Report of the Bombay Veterinary College
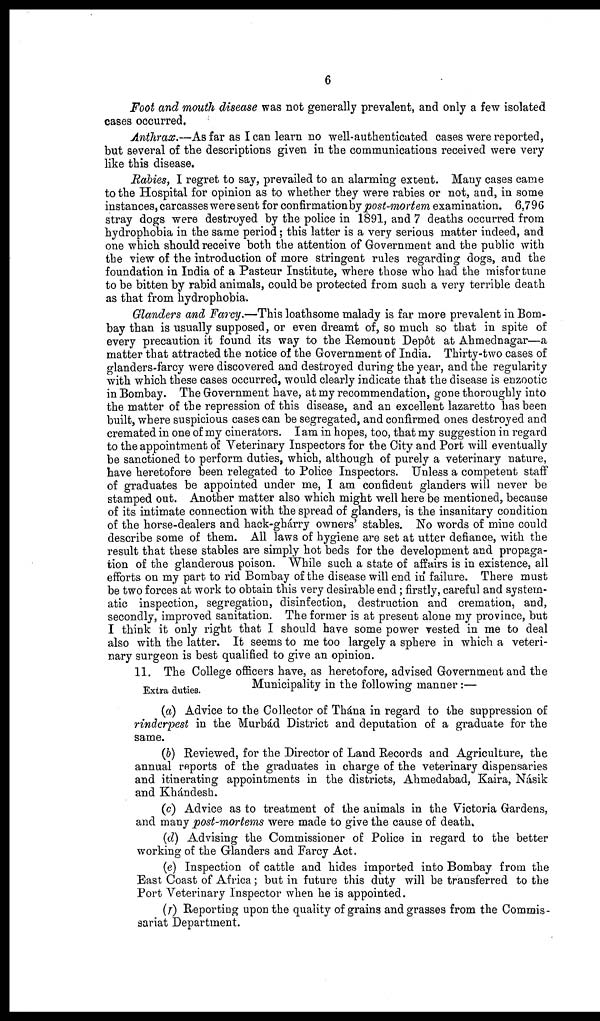
6
Foot and mouth disease was not generally prevalent, and only a few isolated
cases occurred.
Anthrax.—As far as I can learn no well-authenticated cases were reported,
but several of the descriptions given in the communications received were very
like this disease.
Rabies, I regret to say, prevailed to an alarming extent. Many cases came
to the Hospital for opinion as to whether they were rabies or not, and, in some
instances, carcasses were sent for confirmation by post-mortem examination. 6,796
stray dogs were destroyed by the police in 1891, and 7 deaths occurred from
hydrophobia in the same period; this latter is a very serious matter indeed, and
one which should receive both the attention of Government and the public with
the view of the introduction of more stringent rules regarding dogs, and the
foundation in India of a Pasteur Institute, where those who had the misfortune
to be bitten by rabid animals, could be protected from such a very terrible death
as that from hydrophobia.
Glanders and Farcy.—This loathsome malady is far more prevalent in Bom-
bay than is usually supposed, or even dreamt of, so much so that in spite of
every precaution it found its way to the Remount Depôt at Ahmednagar—a
matter that attracted the notice of the Government of India. Thirty-two cases of
glanders-farcy were discovered and destroyed during the year, and the regularity
with which these cases occurred, would clearly indicate that the disease is enzootic
in Bombay. The Government have, at my recommendation, gone thoroughly into
the matter of the repression of this disease, and an excellent lazaretto has been
built, where suspicious cases can be segregated, and confirmed ones destroyed and
cremated in one of my cinerators. I am in hopes, too, that my suggestion in regard
to the appointment of Veterinary Inspectors for the City and Port will eventually
be sanctioned to perform duties, which, although of purely a veterinary nature,
have heretofore been relegated to Police Inspectors. Unless a competent staff
of graduates be appointed under me, I am confident glanders will never be
stamped out. Another matter also which might well here be mentioned, because
of its intimate connection with the spread of glanders, is the insanitary condition
of the horse-dealers and hack-ghárry owners' stables. No words of mine could
describe some of them. All laws of hygiene are set at utter defiance, with the
result that these stables are simply hot beds for the development and propaga-
tion of the glanderous poison. While such a state of affairs is in existence, all
efforts on my part to rid Bombay of the disease will end in failure. There must
be two forces at work to obtain this very desirable end; firstly, careful and system-
atic inspection, segregation, disinfection, destruction and cremation, and,
secondly, improved sanitation. The former is at present alone my province, but
I think it only right that I should have some power vested in me to deal
also with the latter. It seems to me too largely a sphere in which a veteri-
nary surgeon is best qualified to give an opinion.
11. The College officers have, as heretofore, advised Government and the
Extra duties.
Municipality in the following manner:—
(a) Advice to the Collector of Thána in regard to the suppression of
rinderpest in the Murbád District and deputation of a graduate for the
same.
(b) Reviewed, for the Director of Land Records and Agriculture, the
annual reports of the graduates in charge of the veterinary dispensaries
and itinerating appointments in the districts, Ahmedabad, Kaira, Násik
and Khándesh.
(c) Advice as to treatment of the animals in the Victoria Gardens,
and many post-mortems were made to give the cause of death.
(d) Advising the Commissioner of Police in regard to the better
working of the Glanders and Farcy Act.
(e) Inspection of cattle and hides imported into Bombay from the
East Coast of Africa; but in future this duty will be transferred to the
Port Veterinary Inspector when he is appointed.
(f) Reporting upon the quality of grains and grasses from the Commis-
sariat Department.